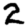
Digit: 2